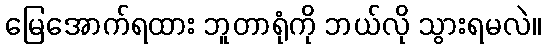
မြေအောက်ရထား ဘူတာရုံကို ဘယ်လို သွားရမလဲ။